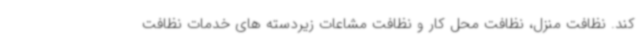
کند. نظافت منزل، نظافت محل کار و نظافت مشاعات زیردسته های خدمات نظافت